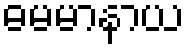
ဓမမာနာယ